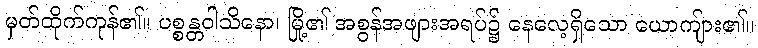
မှတ်ထိုက်ကုန်၏။ ပစ္စန္တဝါသိနော၊ မြို့၏ အစွန်အဖျားအရပ်၌ နေလေ့ရှိသော ယောကျ်ား၏။